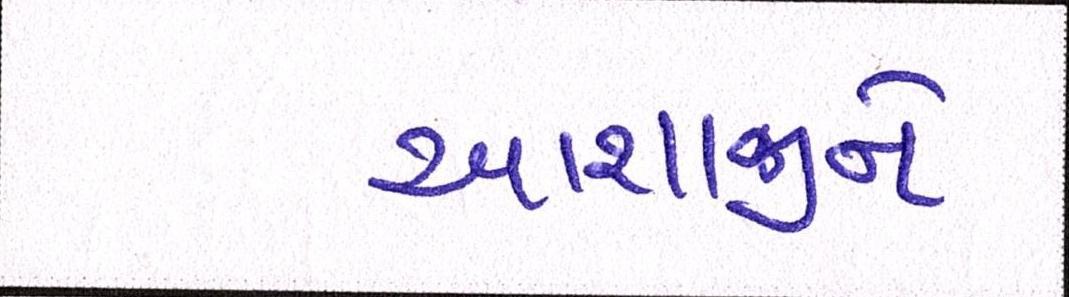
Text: આશાજીને